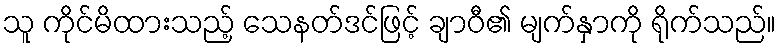
သူ ကိုင်မိထားသည့် သေနတ်ဒင်ဖြင့် ချာဝီ၏ မျက်နှာကို ရိုက်သည်။